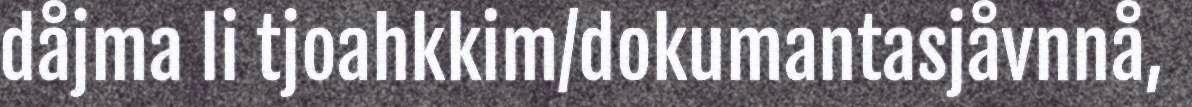
dåjma li tjoahkkim/dokumantasjåvnnå,